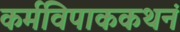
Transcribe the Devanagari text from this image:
कर्मविपाककथनं